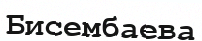
Бисембаева